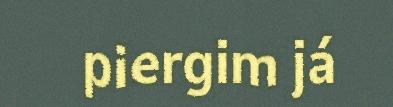
piergim já